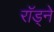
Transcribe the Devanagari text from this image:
राॅड्ने